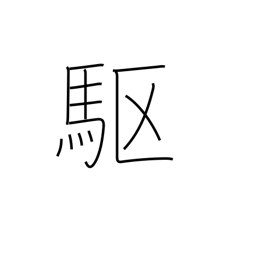
Meaning: gallop